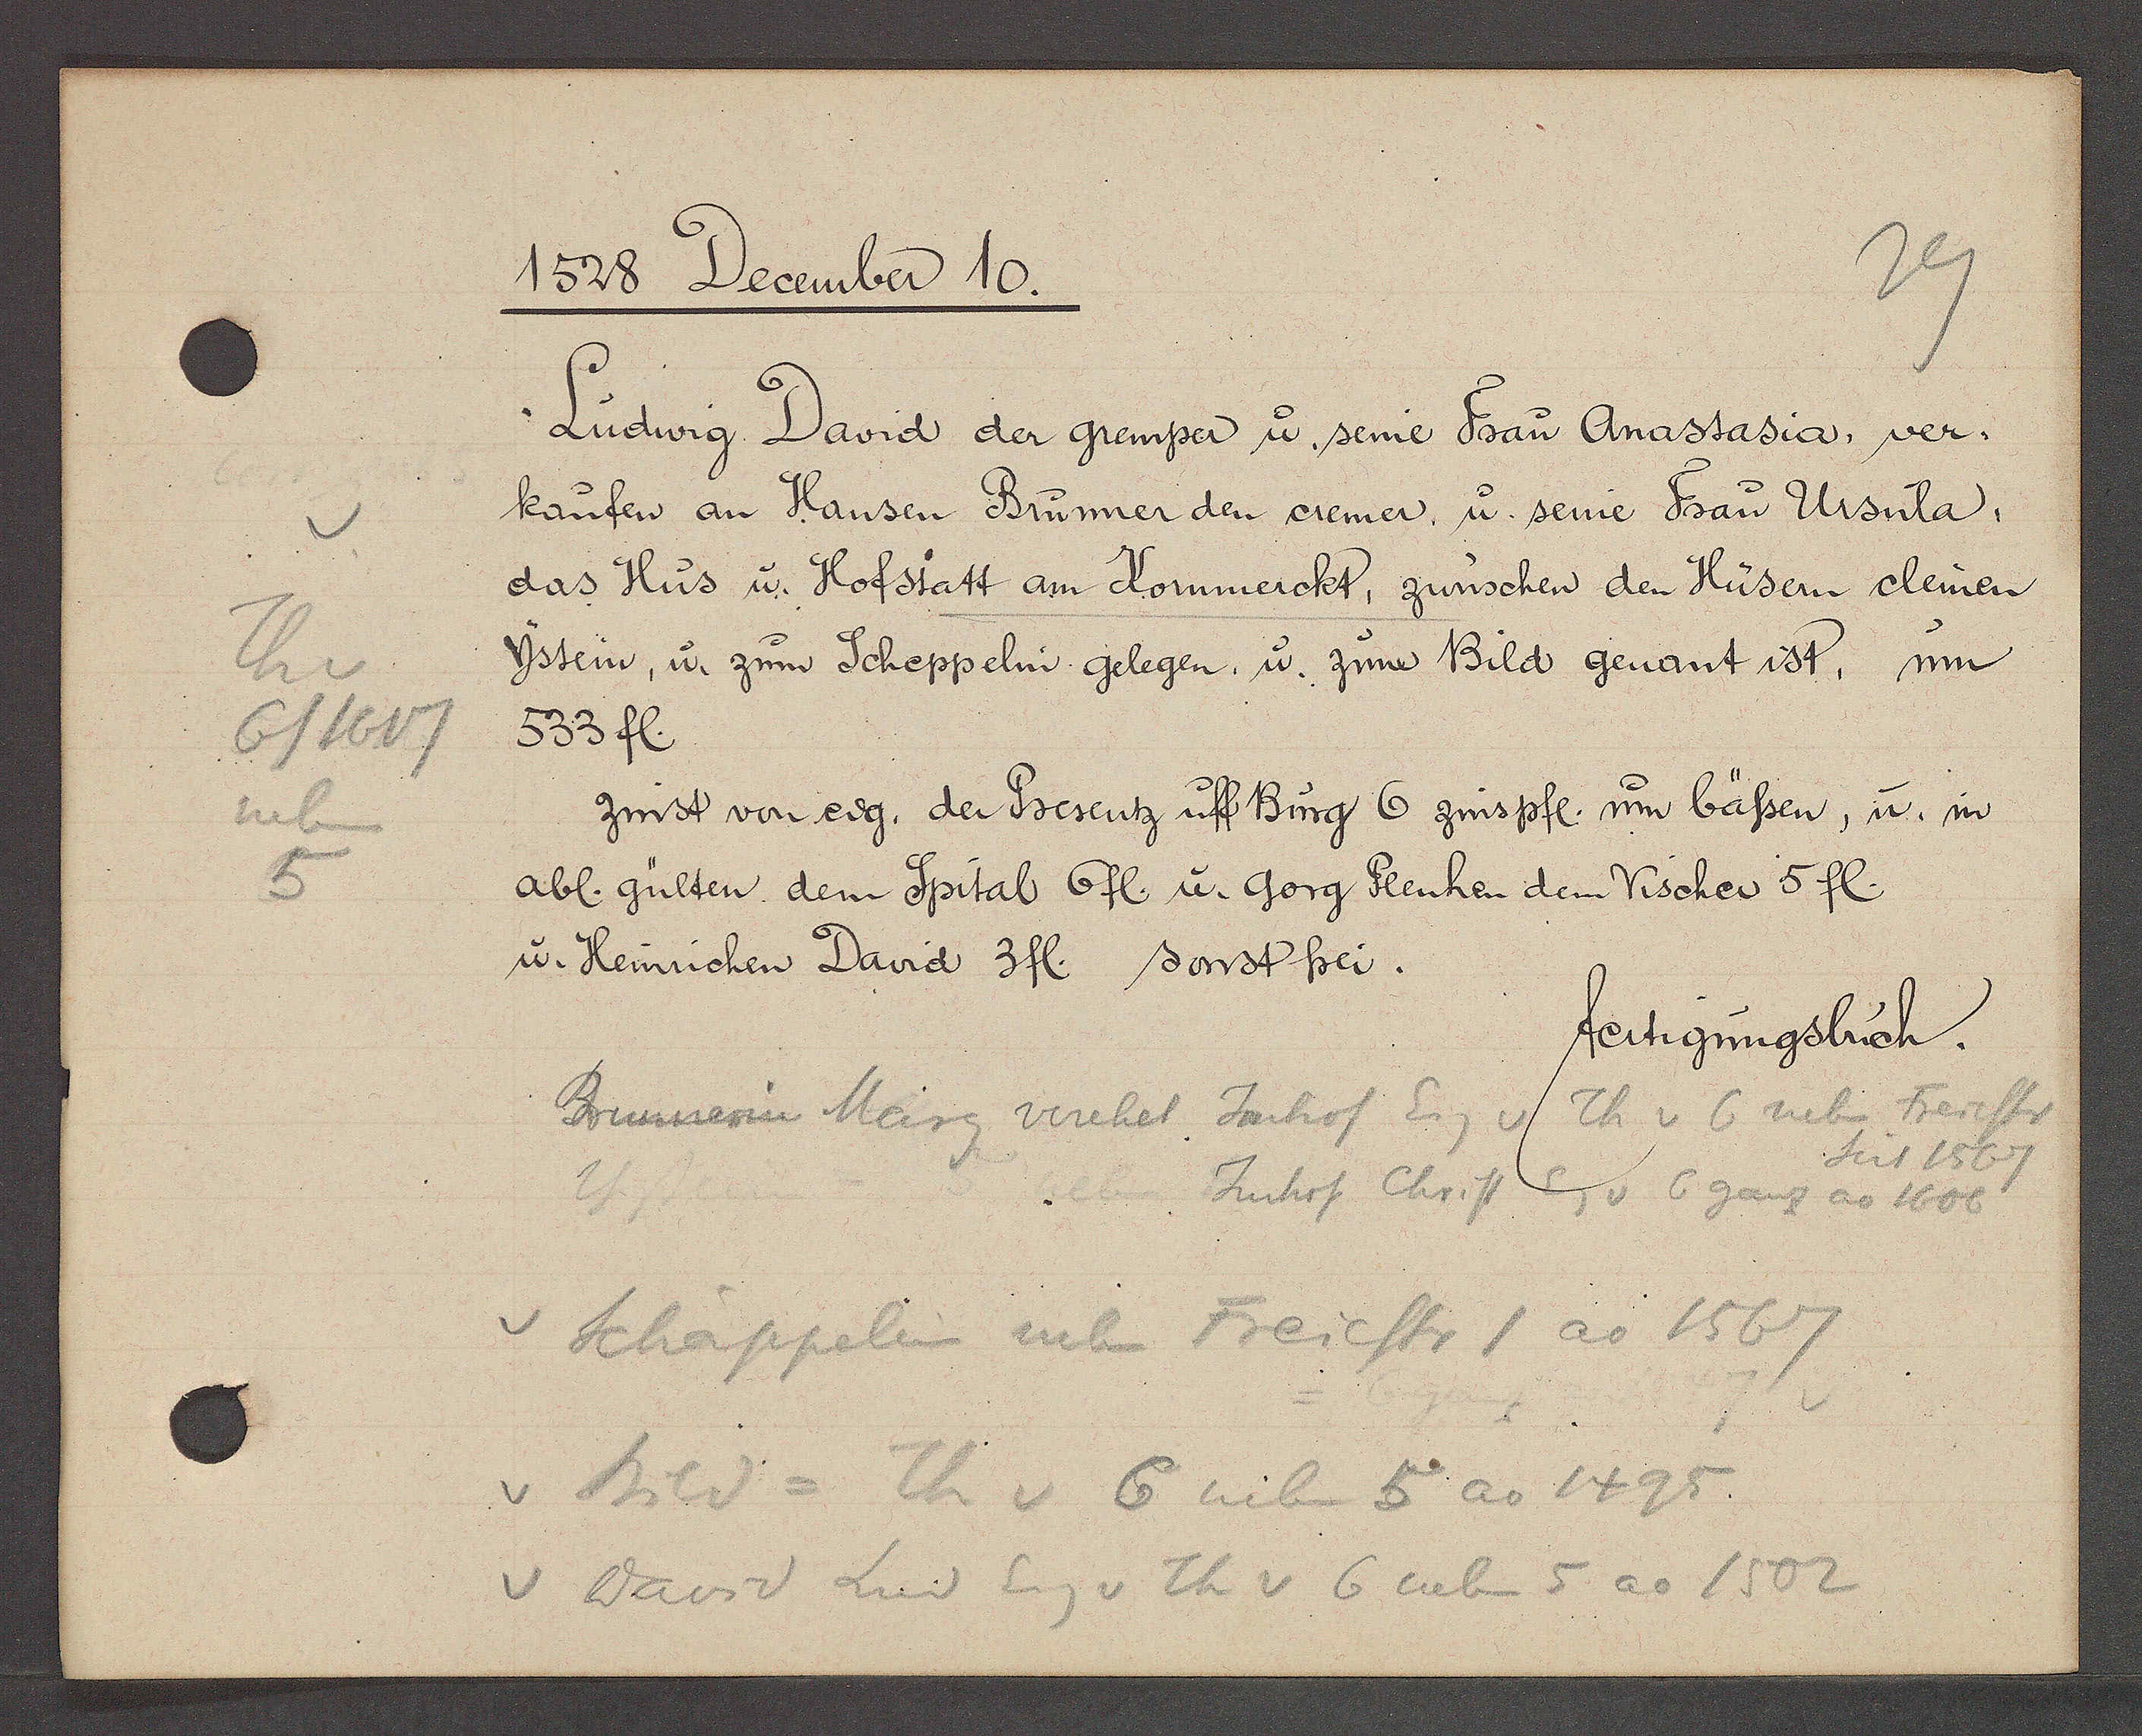
Transcript:
Th v
6/1617
neben
5

1528 December 10.

Ludwig David der gremper u. seine Frau Anastasia, ver¬
kaufen an Hansen Brunner den cremer, u. seine Frau Ursula,
das Hus u. Hofstatt am Kornmerckt, zwüschen den Hüsern clemen
Ystein, u. zum Scheppelin gelegen, u. zum Bild genant ist, um
533 fl.
zinst von eig. der Presentz uff Burg 6 zins pfl. um bässen, u. im
abl. gülten dem Spital 6 fl. u. Gorg Flenhen dem Vischer 5 fl.
u. Heinrichen David 3 fl. sonst frei.

fertigungsbuch.

Brunnerin Marg verehel Jmhof Eig v Th v 6 neben Freiestr
seit 1567
Imhof Christ  Eg v 6 ganz ao 1606
v Schäppelein neben Freiestr ao 1567
v Bild = Th v 6 nben 5 ao 1495
v David Lud Eig v Th v 6 neben 5 ao 1502